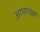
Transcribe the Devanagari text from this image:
आचारभ्रष्ट